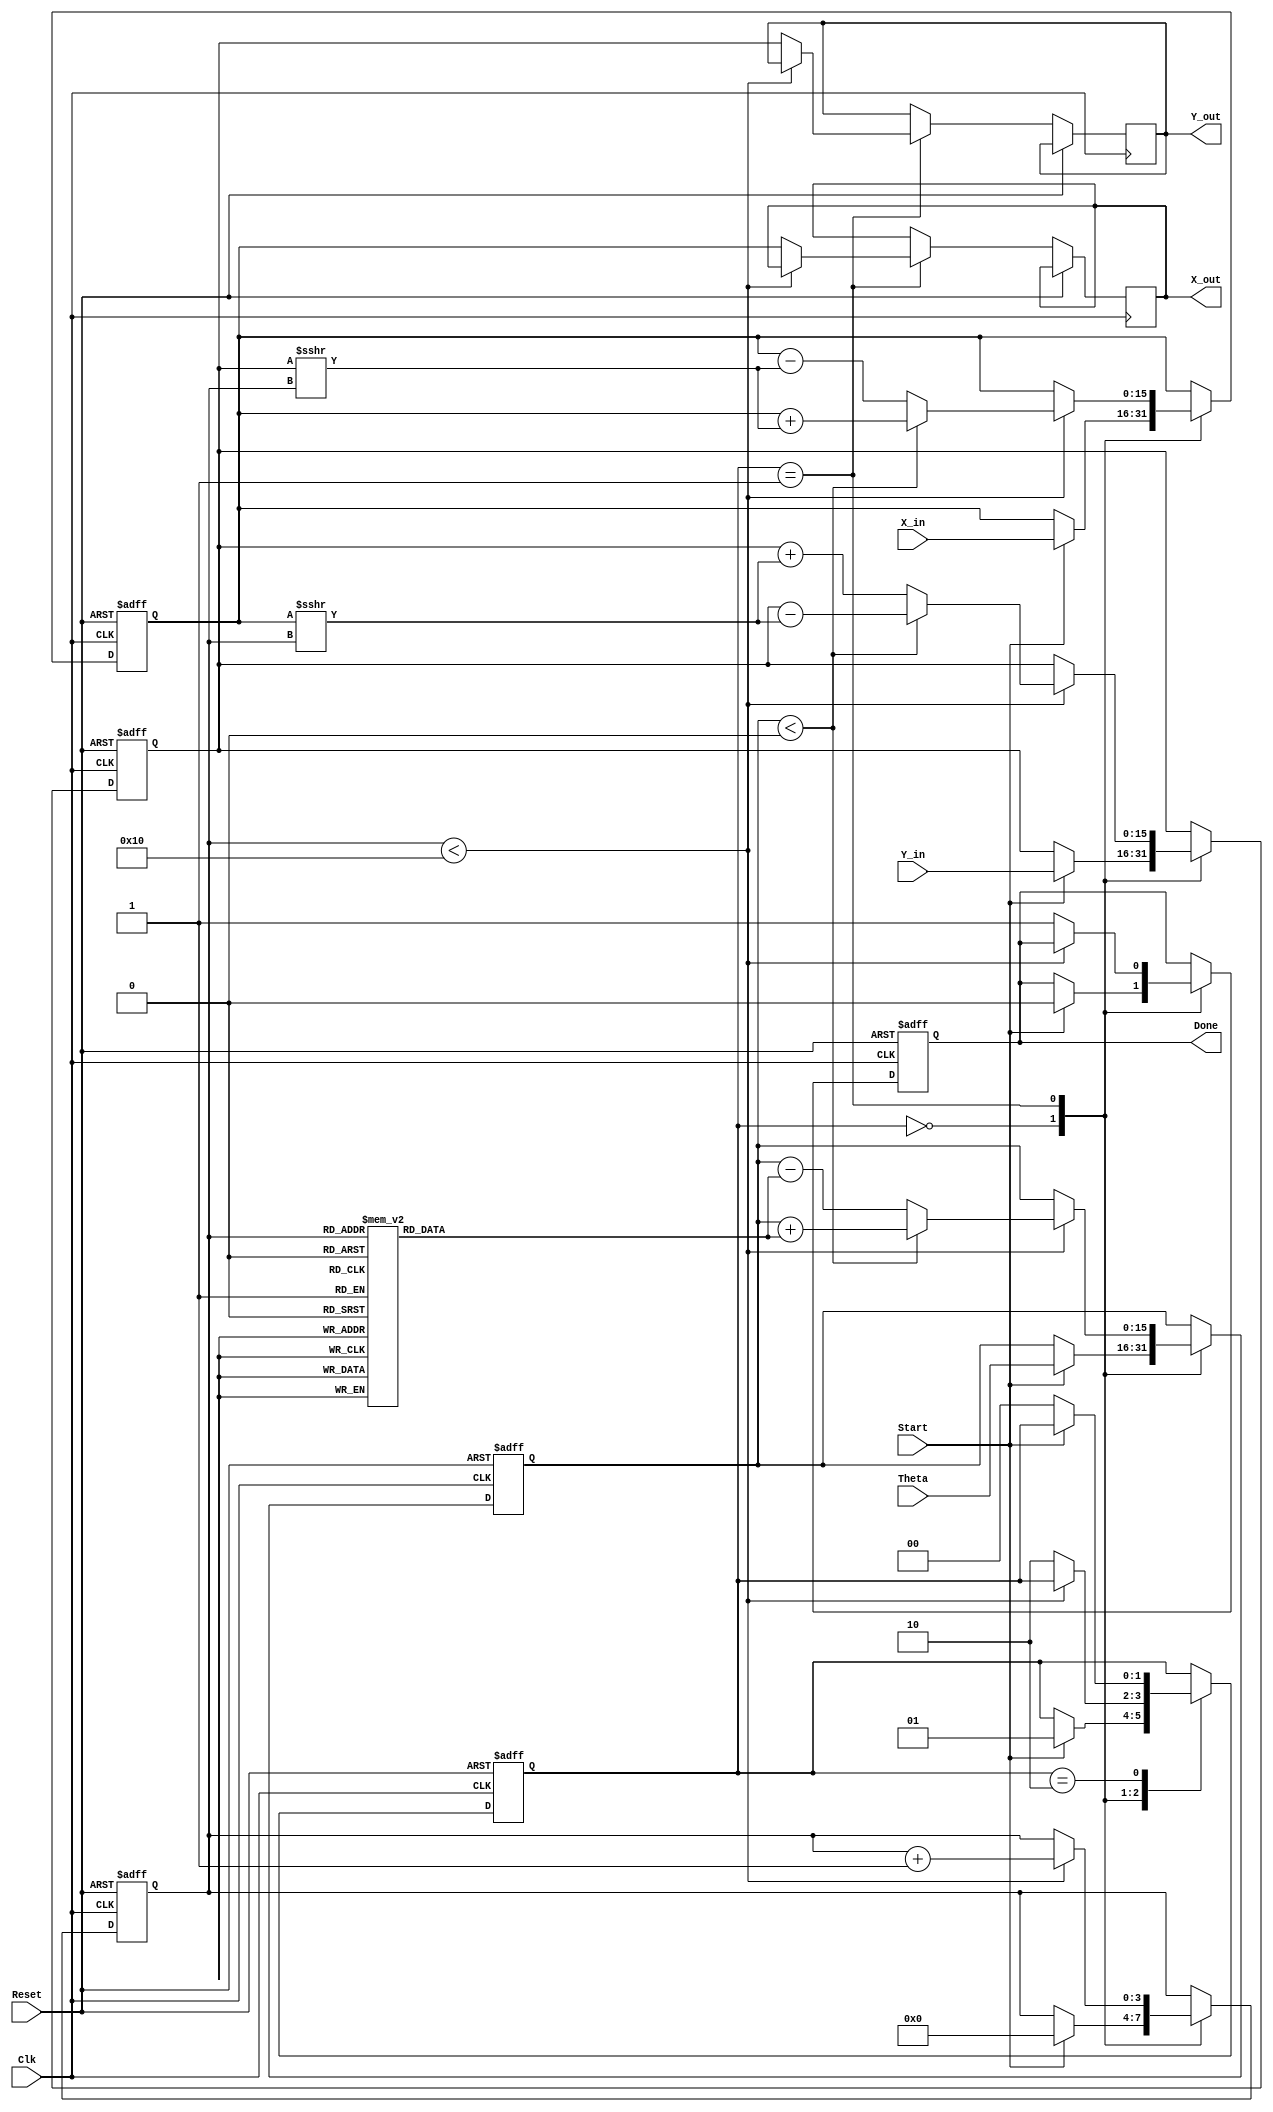
module cordic_2d (
    input wire signed [15:0] X_in,      // Input x-coordinate
    input wire signed [15:0] Y_in,      // Input y-coordinate
    input wire signed [15:0] Theta,      // Input angle in radians
    input wire Start,                    // Start signal
    input wire Clk,                      // Clock signal
    input wire Reset,                    // Asynchronous reset
    output reg signed [15:0] X_out,     // Output x-coordinate
    output reg signed [15:0] Y_out,     // Output y-coordinate
    output reg Done                      // Done signal
);

    // Internal registers
    reg signed [15:0] X_reg;
    reg signed [15:0] Y_reg;
    reg signed [15:0] Theta_reg;
    reg [3:0] Iteration_count;           // Counter for iterations
    reg [1:0] state;                     // State machine
    parameter IDLE = 2'b00, COMPUTE = 2'b01, DONE = 2'b10;

    // CORDIC gain and angle lookup table
    reg signed [15:0] K [0:15];          // Precomputed CORDIC gain values
    reg signed [15:0] atan_table [0:15]; // Precomputed arctangent values

    initial begin
        // Initialize CORDIC gain and arctangent values
        K[0] = 16'h26DD; // K0
        K[1] = 16'h1A63; // K1
        K[2] = 16'h0D57; // K2
        K[3] = 16'h06B4; // K3
        K[4] = 16'h034A; // K4
        K[5] = 16'h01A3; // K5
        K[6] = 16'h00D6; // K6
        K[7] = 16'h006C; // K7
        K[8] = 16'h0036; // K8
        K[9] = 16'h001B; // K9
        K[10] = 16'h000D; // K10
        K[11] = 16'h0006; // K11
        K[12] = 16'h0003; // K12
        K[13] = 16'h0001; // K13
        K[14] = 16'h0001; // K14
        K[15] = 16'h0000; // K15

        atan_table[0] = 16'h0000; // atan(2^0)
        atan_table[1] = 16'h1C71; // atan(2^-1)
        atan_table[2] = 16'h0C90; // atan(2^-2)
        atan_table[3] = 16'h0632; // atan(2^-3)
        atan_table[4] = 16'h0314; // atan(2^-4)
        atan_table[5] = 16'h017A; // atan(2^-5)
        atan_table[6] = 16'h00BE; // atan(2^-6)
        atan_table[7] = 16'h005F; // atan(2^-7)
        atan_table[8] = 16'h002F; // atan(2^-8)
        atan_table[9] = 16'h0015; // atan(2^-9)
        atan_table[10] = 16'h000A; // atan(2^-10)
        atan_table[11] = 16'h0005; // atan(2^-11)
        atan_table[12] = 16'h0002; // atan(2^-12)
        atan_table[13] = 16'h0001; // atan(2^-13)
        atan_table[14] = 16'h0001; // atan(2^-14)
        atan_table[15] = 16'h0000; // atan(2^-15)
    end

    // State machine and control logic
    always @(posedge Clk or posedge Reset) begin
        if (Reset) begin
            state <= IDLE;
            X_reg <= 0;
            Y_reg <= 0;
            Theta_reg <= 0;
            Iteration_count <= 0;
            Done <= 0;
        end else begin
            case (state)
                IDLE: begin
                    if (Start) begin
                        X_reg <= X_in;
                        Y_reg <= Y_in;
                        Theta_reg <= Theta;
                        Iteration_count <= 0;
                        Done <= 0;
                        state <= COMPUTE;
                    end
                end

                COMPUTE: begin
                    if (Iteration_count < 16) begin
                        // CORDIC rotation logic
                        if (Theta_reg < 0) begin
                            // Rotate clockwise
                            X_reg <= X_reg + (Y_reg >>> Iteration_count);
                            Y_reg <= Y_reg - (X_reg >>> Iteration_count);
                            Theta_reg <= Theta_reg + atan_table[Iteration_count];
                        end else begin
                            // Rotate counter-clockwise
                            X_reg <= X_reg - (Y_reg >>> Iteration_count);
                            Y_reg <= Y_reg + (X_reg >>> Iteration_count);
                            Theta_reg <= Theta_reg - atan_table[Iteration_count];
                        end
                        Iteration_count <= Iteration_count + 1;
                    end else begin
                        // Finished computation
                        X_out <= X_reg;
                        Y_out <= Y_reg;
                        Done <= 1;
                        state <= DONE;
                    end
                end

                DONE: begin
                    if (!Start) begin
                        state <= IDLE; // Reset to IDLE on Start signal low
                    end
                end
            endcase
        end
    end

endmodule